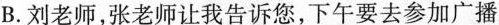
B.刘老师，张老师让我告诉您，下午要去参加广播